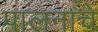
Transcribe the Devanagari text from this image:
पालनाचे